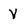
Character: V